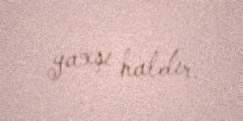
yaxşı haldır.